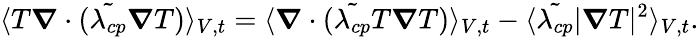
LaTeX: \langle T\boldsymbol{\nabla}\cdot({\tilde{\lambda_{cp}}\boldsymbol{\nabla}T})\rangle_{V,t}=\langle\boldsymbol{\nabla}\cdot(\tilde{\lambda_{cp}}T\boldsymbol{\nabla}T)\rangle_{V,t}-\langle\tilde{\lambda_{cp}}|\boldsymbol{\nabla}T|^{2}\rangle_{V,t}.